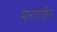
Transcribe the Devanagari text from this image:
मारहाणीत